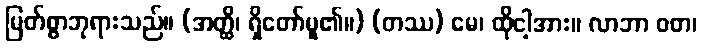
မြတ်စွာဘုရားသည်။ (အတ္ထိ၊ ရှိတော်မူ၏။) (တဿ) မေ၊ ထိုငါ့အား။ လာဘာ ဝတ၊